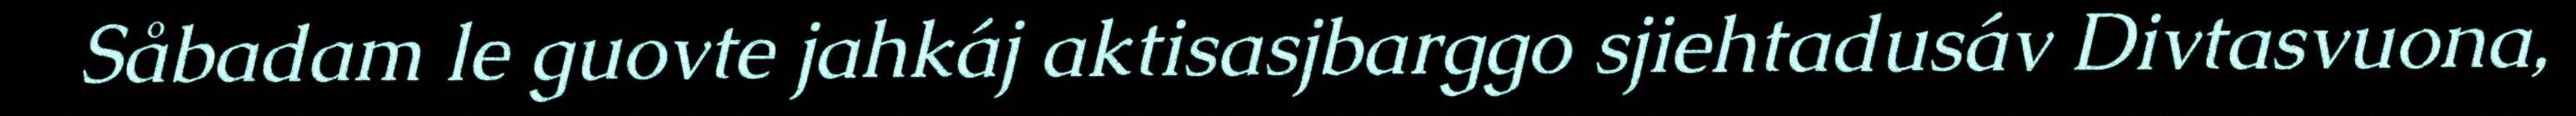
Såbadam le guovte jahkáj aktisasjbarggo sjiehtadusáv Divtasvuona,